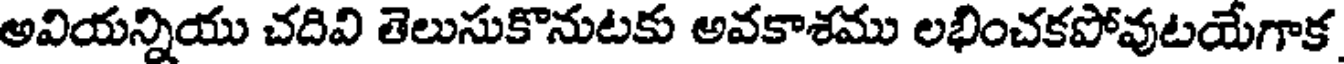
అవియన్నియు చదివి తెలుసుకొనుటకు అవకాశము లభించకపోవుటయేగాక